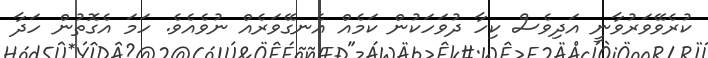
ކުރެވޭވަރުވާނީ އަދިވެސް ކިހާ ދުވަހަކުން ކަމެއް އެނގޭވަރެއް ނުވެއެވެ. ހަމަ އެގޮތުން ހަދާ